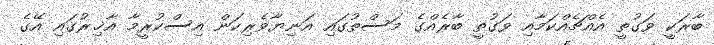
ބާރަކީ ވަގުތީ އެއްޗެއްކަމާއި ވަގުތީ ބާރެއްގެ މަސްތުގައި އަނިޔާވެރިކަން އިސްކުރީމާ އާޚިރުގައި އޭގެ